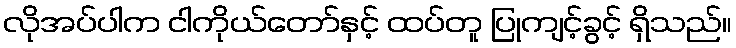
လိုအပ်ပါက ငါကိုယ်တော်နှင့် ထပ်တူ ပြုကျင့်ခွင့် ရှိသည်။